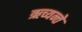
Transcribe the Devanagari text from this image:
ऋच्यन्ते